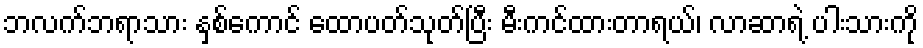
ဘလက်ဘရာသား နှစ်ကောင် ထောပတ်သုတ်ပြီး မီးကင်ထားတာရယ်၊ လာဆာရဲ့ ပါးသားကို